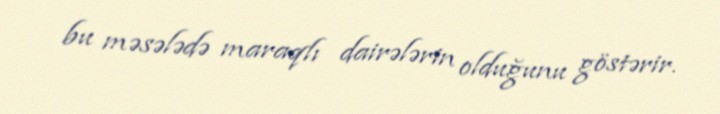
bu məsələdə maraqlı dairələrin olduğunu göstərir.